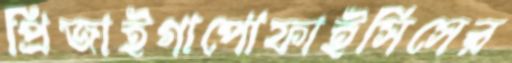
প্রিজাইগাপোফাইসিসের